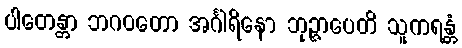
ပါတေန္တာ ဘဂဝတော အင်္ဂါရိနော ဘုဉ္ဇာပေတိ သူကရန္တံ